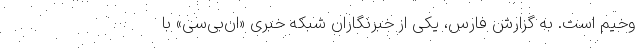
وخیم است. به گزارش فارس، یکی از خبر‌نگاران شبکه خبری «ان‌بی‌سی» با